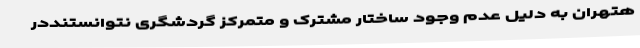
هتهران به دلیل عدم وجود ساختار مشترک و متمرکز گردشگری نتوانستنددر